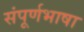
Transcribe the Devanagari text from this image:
संपूर्णभाषा